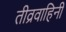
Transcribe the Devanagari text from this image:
तीव्रवाहिनी